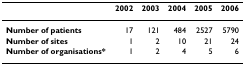
<table><thead><tr><td>[EMPTY_CELL]</td><td><b>2002</b></td><td><b>2003</b></td><td><b>2004</b></td><td><b>2005</b></td><td><b>2006</b></td></tr></thead><tbody><tr><td><b>Number of patients</b></td><td>17</td><td>121</td><td>484</td><td>2527</td><td>5790</td></tr><tr><td><b>Number of sites</b></td><td>1</td><td>2</td><td>10</td><td>21</td><td>24</td></tr><tr><td><b>Number of organisations*</b></td><td>1</td><td>2</td><td>4</td><td>5</td><td>6</td></tr></tbody></table>